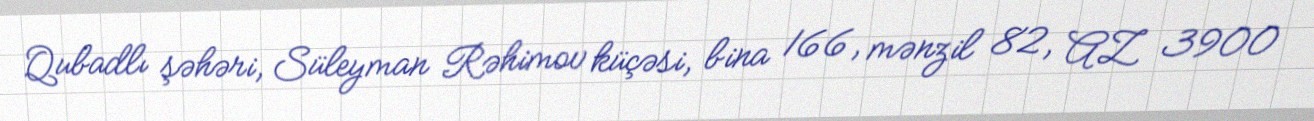
Qubadlı şəhəri, Süleyman Rəhimov küçəsi, bina 166, mənzil 82, AZ 3900